Lunatic asylums in Bengal annual reports 1912-1924 - 1912-1924
Year: 1912
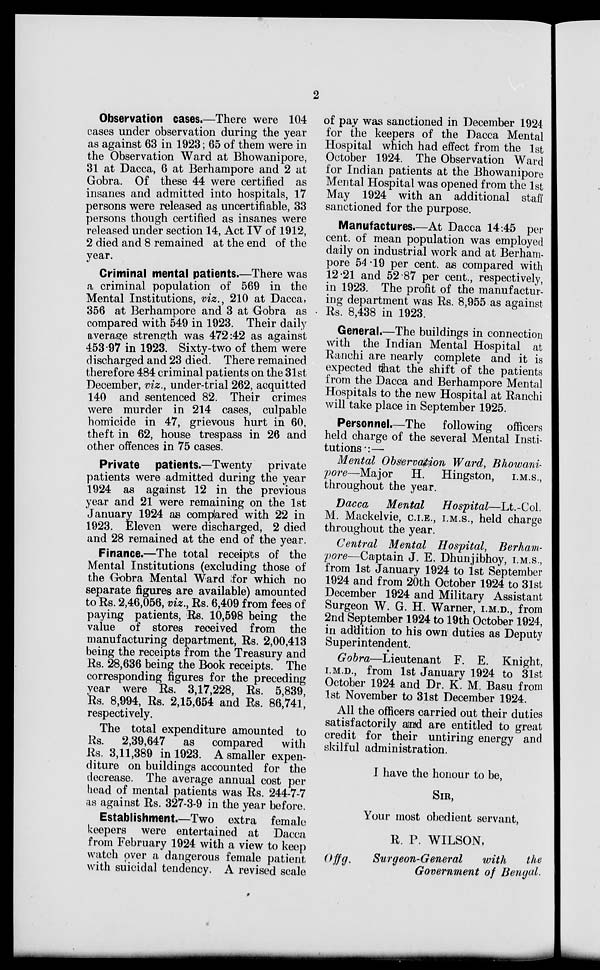
2
Observation cases.—There were 104
cases under observation during the year
as against 63 in 1923; 65 of them were in
the Observation Ward at Bhowanipore,
31 at Dacca, 6 at Berhampore and 2 at
Gobra. Of these 44 were certified as
insanes and admitted into hospitals, 17
persons were released as uncertifiable, 33
persons though certified as insanes were
released under section 14, Act IV of 1912,
2 died and 8 remained at the end of the
year.
Criminal mental patients.—There was
a criminal population of 569 in the
Mental Institutions, viz., 210 at Dacca,
356 at Berhampore and 3 at Gobra as
compared with 549 in 1923. Their daily
average strength was 472:42 as against
453.97 in 1923. Sixty-two of them were
discharged and 23 died. There remained
therefore 484 criminal patients on the 31st
December, viz., under-trial 262, acquitted
140 and sentenced 82. Their crimes
were murder in 214 cases, culpable
homicide in 47, grievous hurt in 60,
theft in 62, house trespass in 26 and
other offences in 75 cases.
Private patients.—Twenty
private
patients were admitted during the year
1924 as against 12 in the previous
year and 21 were remaining on the 1st
January 1924 as compared with 22 in
1923. Eleven were discharged, 2 died
and 28 remained at the end of the year.
Finance.—The total receipts of the
Mental Institutions (excluding those of
the Gobra Mental Ward for which no
separate figures are available) amounted
to Rs. 2,46,056, viz., Rs. 6,409 from fees of
paying patients, Rs. 10,598 being the
value of stores received from the
manufacturing department, Rs. 2,00,413
being the receipts from the Treasury and
Rs. 28,636 being the Book receipts. The
corresponding figures for the preceding
year were Rs. 3,17,228, Rs. 5,839,
Rs. 8,994, Rs. 2,15,654 and Rs. 86,741,
respectively.
The total expenditure amounted to
Rs.
2,39,647
as
compared
with
Rs. 3,11,389 in 1923. A smaller expen-
diture on buildings accounted for the
decrease. The average annual cost per
head of mental patients was Rs. 244-7-7
as against Rs. 327-3-9 in the year before.
Establishment.—Two extra female
keepers were entertained at Dacca
from February 1924 with a view to keep
watch over a dangerous female patient
with suicidal tendency. A revised scale
of pay was sanctioned in December 1924
for the keepers of the Dacca Mental
Hospital which had effect from the 1st
October 1924. The Observation Ward
for Indian patients at the Bhowanipore
Mental Hospital was opened from the 1st
May 1924 with an additional staff
sanctioned for the purpose.
Manufactures.—At Dacca 14:45 per
cent. of mean population was employed
daily on industrial work and at Berham-
pore 54 19 per cent. as compared with
12.21 and 52.87 per cent., respectively,
in 1923. The profit of the manufactur-
ing department was Rs. 8,955 as against
Rs. 8,438 in 1923.
General.—The buildings in connection
with the Indian Mental Hospital at
Ranchi are nearly complete and it is
expected that the shift of the patients
from the Dacca and Berhampore Mental
Hospitals to the new Hospital at Ranchi
will take place in September 1925.
Personnel.—The
following officers
held charge of the several Mental Insti-
tutions:—
Mental Observation Ward, Bhowani-
pore—Major
H. Hingston,
I.M.S.,
throughout the year.
Dacca
Mental
Hospital—Lt.-Col.
M. Mackelvie, C.I.E., I.M.S., held charge
throughout the year.
Central Mental Hospital,
Berham-
pore—Captain J. E. Dhunjibhoy, I.M.S.,
from 1st January 1924 to 1st September
1924 and from 20th October 1924 to 31st
December 1924 and Military Assistant
Surgeon W. G. H. Warner, I.M.D., from
2nd September 1924 to 19th October 1924,
in addition to his own duties as Deputy
Superintendent.
Gobra—Lieutenant
F. E. Knight,
I.M.D., from 1st January 1924 to 31st
October 1924 and Dr. K. M. Basu from
1st November to 31st December 1924.
All the officers carried out their duties
satisfactorily and are entitled to great
credit for their untiring energy and
skilful administration.
I have the honour to be,
SIR,
Your most obedient servant,
R. P. WILSON,
Offg.
Surgeon-General
with
the
Government of Bengal.